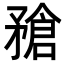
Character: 𥎄